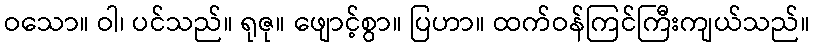
ဝသော။ ဝါ၊ ပင်သည်။ ရုဇု။ ဖျောင့်စွာ။ ပြဟာ။ ထက်ဝန်ကြင်ကြီးကျယ်သည်။